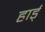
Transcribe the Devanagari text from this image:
हार्ड्